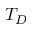
T _ { D }